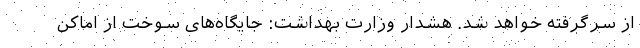
از سرگرفته خواهد شد. هشدار وزارت بهداشت: جایگاه‌های سوخت از اماکن